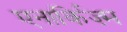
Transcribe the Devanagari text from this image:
एनार्किज़्म